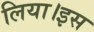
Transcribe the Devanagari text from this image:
लिया।इस